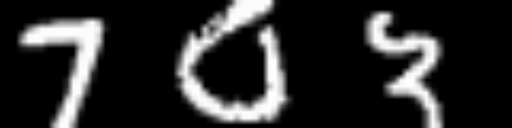
Text: 703